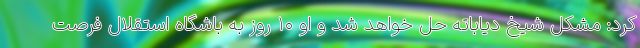
کرد: مشکل شیخ دیاباته حل خواهد شد و او ۱۰ روز به باشگاه استقلال فرصت